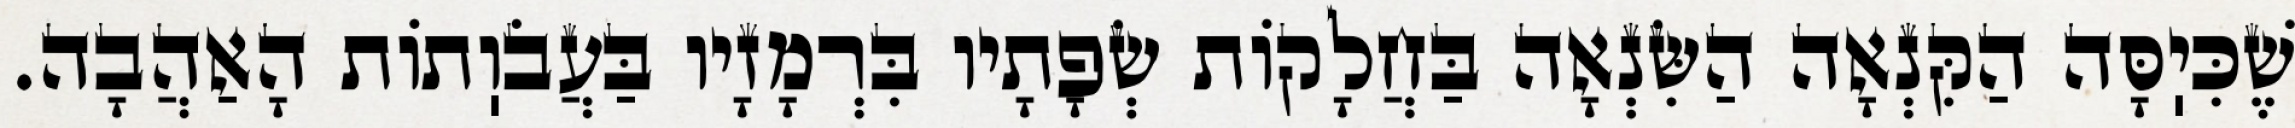
שֶׁכִּיֽסָּה הַקִּנְאָה הַשִּׂנְאָה בַּחֲלָקוֹת שְׂפָתָיו בִּרְמָזָיו בַּעֲבֹוֽתוֹת הָאַהֲבָה.